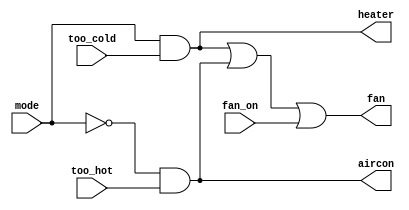
// Exercise 3-1-1-14: Thermostat
module Thermostat (
    input too_cold,
    input too_hot,
    input mode,
    input fan_on,
    output heater,
    output aircon,
    output fan
);
    // 2 modes: heating (mode = 1), cooling (mode = 0)

    // heater when too cold
    assign heater = mode & too_cold;
    
    // aircon when too hot
    assign aircon = ~mode & too_hot;

    // fan for circulation
    assign fan = heater | aircon | fan_on;
endmodule